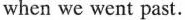
when we went past.